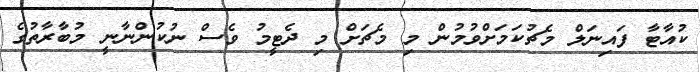
ކުއާޓާ ފައިނަލް މެޗުކަމަށްވުމުން މި މެޗަށް މި ދެޓީމު ވެސް ނުކުންނާނީ މުބާރާތުގެ